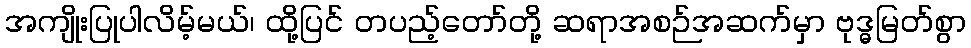
အကျိုးပြုပါလိမ့်မယ်၊ ထို့ပြင် တပည့်တော်တို့ ဆရာအစဉ်အဆက်မှာ ဗုဒ္ဓမြတ်စွာ